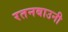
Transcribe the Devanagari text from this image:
रतनबाउनी